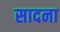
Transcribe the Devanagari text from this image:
सादना